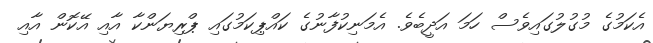
އެކަމުގެ މުގުލުގައިވެސް ހަމަ އަދީބެވެ. އެމަނިކުފާނުގެ ކައްޕިކަމުގައި ޕްރިޔަންކާ އާއި އޭކޮން އާއި